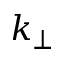
k _ { \perp }